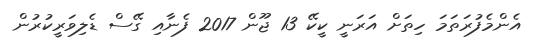
އެންމެފުރަތަމަ ހިތަށް އަރަނީ ކީކޭ 13 ޖޫން 2017 ފެނާއި ގޭސް ޑެލިވަރީކުރުން